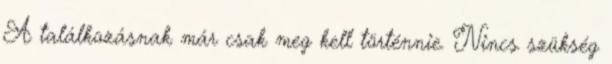
A találkozásnak már csak meg kell történnie. Nincs szükség